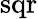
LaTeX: \operatorname{sqr}